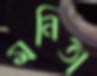
মনিতা